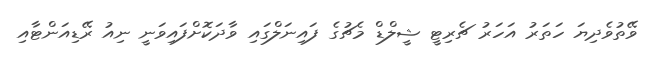
ވޭތުވެދިޔަ ހަތަރު އަހަރު ޗެރިޓީ ޝީލްޑް މެޗުގެ ފައިނަލްގައި ވާދަކޮށްފައިވަނީ ނިއު ރޭޑިއަންޓާއި